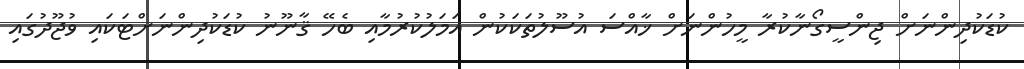
ކުޑަކުދިންނަށް ޖިންސީގޯނާކުރާ މީހުންނަށް ޚާއްސަ އުސޫލުތަކަކުން އަމަލުކުރުމާއި ބެހޭ ޤާނޫނު ކުޑަކުދިންނަށްޓަކައި ވުޖޫދުގައި